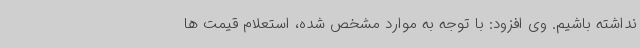
نداشته باشیم. وی افزود: با توجه به موارد مشخص شده، استعلام قیمت ها